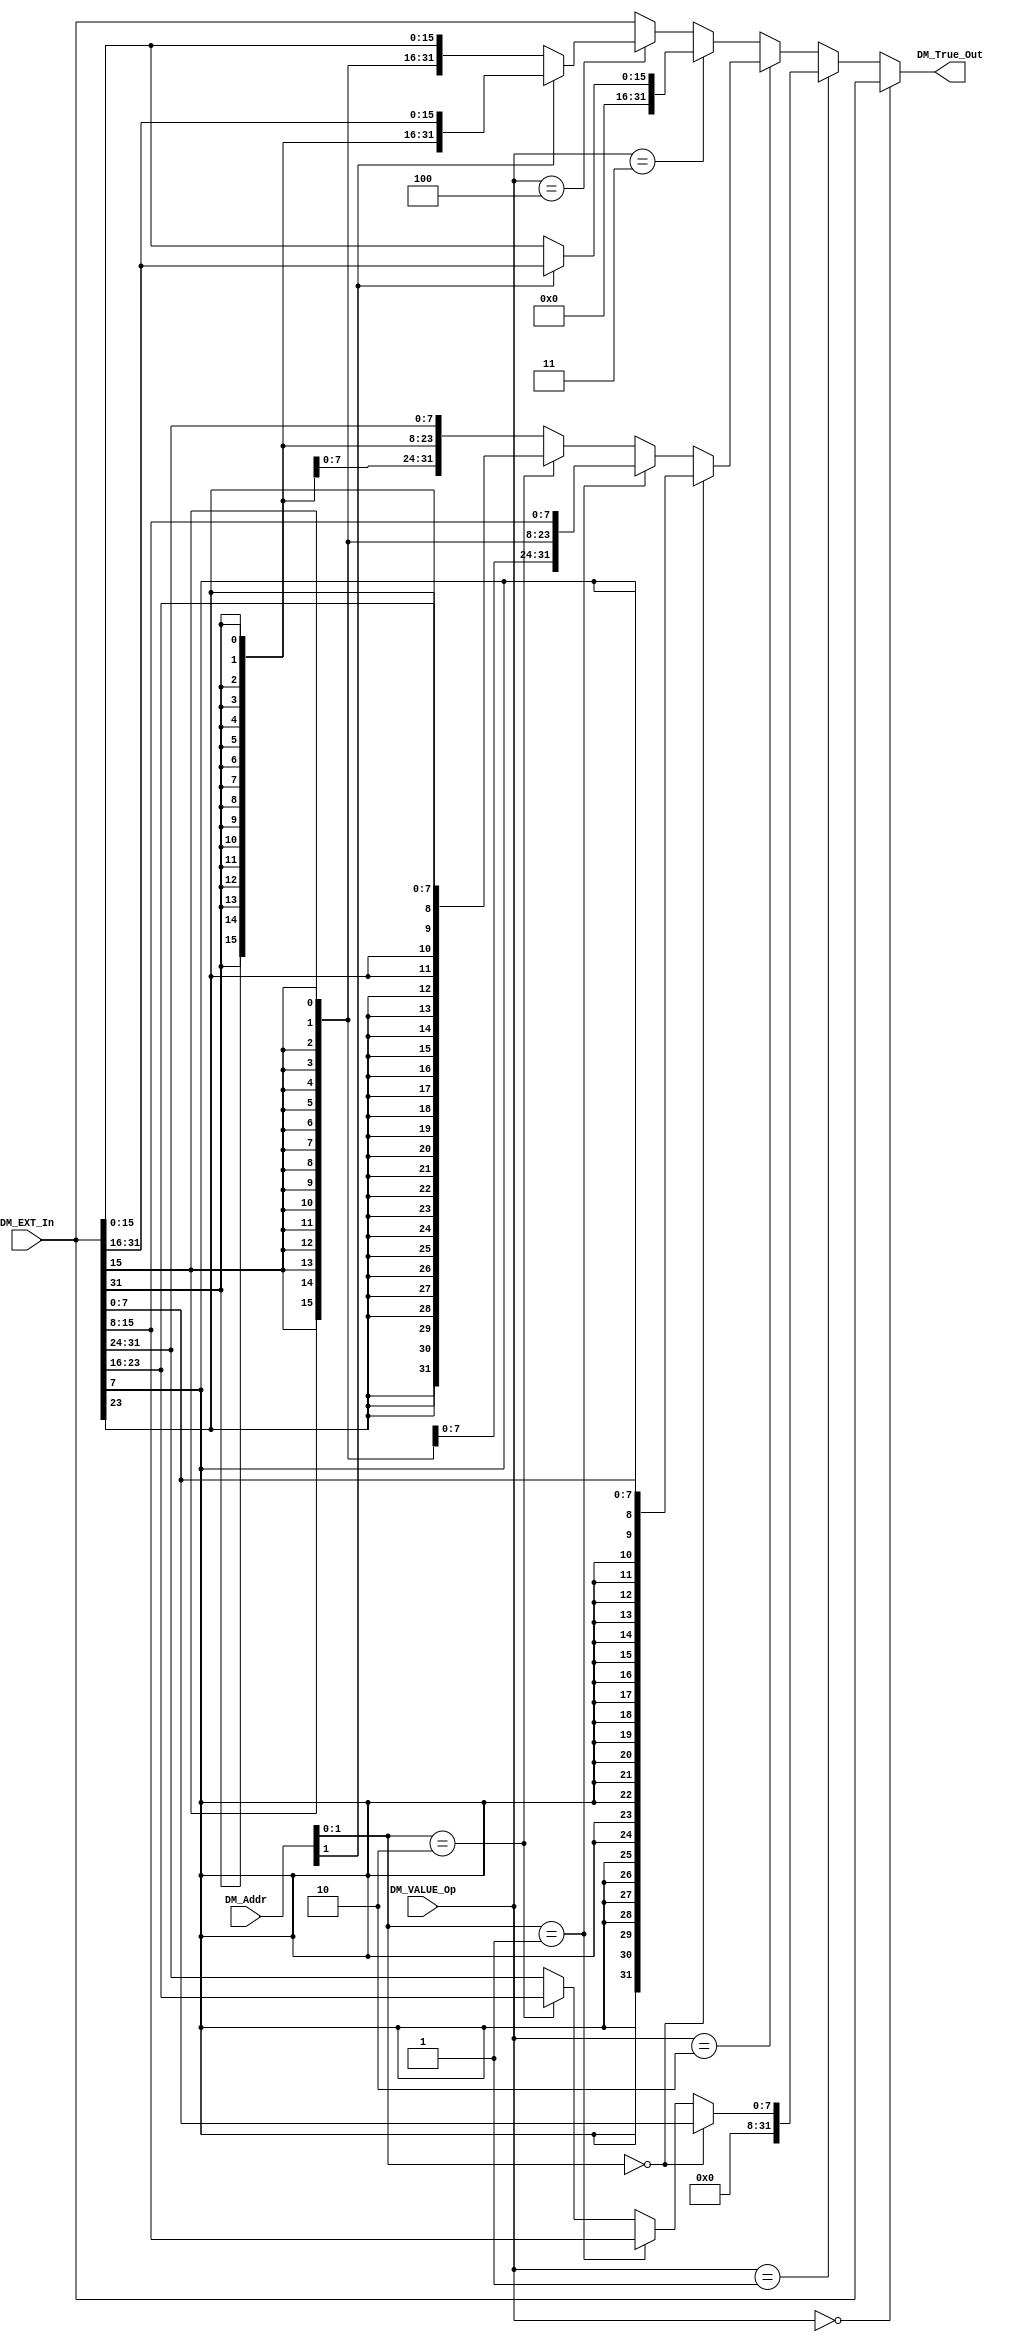
`timescale 1ns / 1ps
//////////////////////////////////////////////////////////////////////////////////
// Company: 
// Engineer: 
// 
// Design Name: 
// Module Name:    DM_VALUE_EXT 
// Project Name: 
// Target Devices: 
// Tool versions: 
// Description: 
//
// Dependencies: 
//
// Revision: 
// Revision 0.01 - File Created
// Additional Comments: 
//
//////////////////////////////////////////////////////////////////////////////////
module DM_VALUE_EXT(
	input[31:0] DM_Addr,
	input[31:0] DM_EXT_In,
	input[2:0]  DM_VALUE_Op,
	output[31:0] DM_True_Out
    );
	 wire[31:0] signed_H;
	 wire[31:0] unsigned_H;
	 wire[31:0] signed_B;
	 wire[31:0] unsigned_B;
	 assign unsigned_H = (DM_Addr[1]==1'b0)? {16'b0,DM_EXT_In[15:0]}: {16'b0,DM_EXT_In[31:16]};
	 assign   signed_H = (DM_Addr[1]==1'b0)? {{16{DM_EXT_In[15]}},DM_EXT_In[15:0]}: {{16{DM_EXT_In[31]}},DM_EXT_In[31:16]};
	 assign unsigned_B = (DM_Addr[1:0]==2'b00)? {24'b0,DM_EXT_In[7:0]}: 
								(DM_Addr[1:0]==2'b01)? {24'b0,DM_EXT_In[15:8]}:
								(DM_Addr[1:0]==2'b10)? {24'b0,DM_EXT_In[23:16]}:
																{24'b0,DM_EXT_In[31:24]};
	 assign   signed_B = (DM_Addr[1:0]==2'b00)? {{24{DM_EXT_In[7]}},DM_EXT_In[7:0]}: 
								(DM_Addr[1:0]==2'b01)? {{24{DM_EXT_In[15]}},DM_EXT_In[15:8]}:
								(DM_Addr[1:0]==2'b10)? {{24{DM_EXT_In[23]}},DM_EXT_In[23:16]}:
																{{24{DM_EXT_In[31]}},DM_EXT_In[31:24]};
	assign DM_True_Out = (DM_VALUE_Op==3'b000)? DM_EXT_In://LW
								(DM_VALUE_Op==3'b001)? unsigned_B://LBU
								(DM_VALUE_Op==3'b010)? signed_B://LB
								(DM_VALUE_Op==3'b011)? unsigned_H://LHU
								(DM_VALUE_Op==3'b100)? signed_H://LH
								                                DM_EXT_In;//default:LW

endmodule